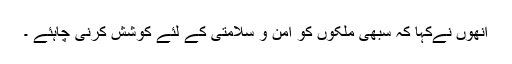
انھوں نےکہا کہ سبھی ملکوں کو امن و سلامتی کے لئے کوشش کرنی چاہئے ۔